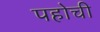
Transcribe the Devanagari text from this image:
पहोची